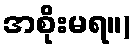
အစိုးမရ။)